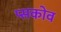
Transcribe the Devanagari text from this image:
प्सकोव